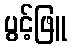
ပွင့်ဖြူ